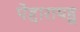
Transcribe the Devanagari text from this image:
पेद्दारायडू